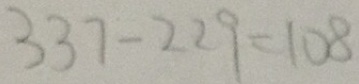
3 3 7 - 2 2 9 = 1 0 8